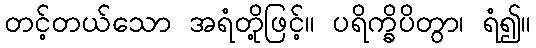
တင့်တယ်သော အရံတို့ဖြင့်။ ပရိက္ခိပိတွာ၊ ရံ၍။